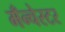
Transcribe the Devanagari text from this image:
मँन्चेस्टर